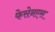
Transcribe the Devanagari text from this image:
फेसेनएस